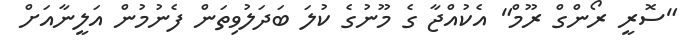
"ސޮރީ ރޯންގް ރޫމް" އެކުއްޖާ ގެ މޫނުގެ ކުލަ ބަދަލުވިތަން ފެނުމުން އަލީނާއަށް